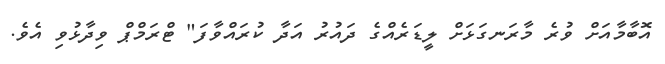
އޮބާމާއަށް ވުރެ މާރަނގަޅަށް ލީޑަރެއްގެ ދައުރު އަދާ ކުރައްވާފަ" ޓްރަމްޕް ވިދާޅުވި އެވެ.